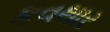
કવથાર